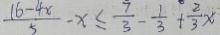
\frac { 1 6 - 4 x } { 5 } - x \leq \frac { 7 } { 3 } - \frac { 1 } { 3 } + \frac { 2 } { 3 } x